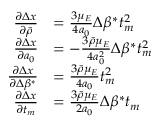
\begin{array} { r l } { \frac { \partial \Delta x } { \partial \bar { \rho } } } & { = \frac { 3 \mu _ { E } } { 4 a _ { 0 } } \Delta \beta ^ { * } t _ { m } ^ { 2 } } \\ { \frac { \partial \Delta x } { \partial a _ { 0 } } } & { = - \frac { 3 \bar { \rho } \mu _ { E } } { 4 a _ { 0 } ^ { 2 } } \Delta \beta ^ { * } t _ { m } ^ { 2 } } \\ { \frac { \partial \Delta x } { \partial \Delta \beta ^ { * } } } & { = \frac { 3 \bar { \rho } \mu _ { E } } { 4 a _ { 0 } } t _ { m } ^ { 2 } } \\ { \frac { \partial \Delta x } { \partial t _ { m } } } & { = \frac { 3 \bar { \rho } \mu _ { E } } { 2 a _ { 0 } } \Delta \beta ^ { * } t _ { m } } \end{array}